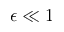
\epsilon \ll 1